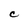
Character: C